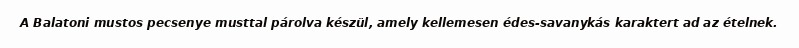
A Balatoni mustos pecsenye musttal párolva készül, amely kellemesen édes-savanykás karaktert ad az ételnek.